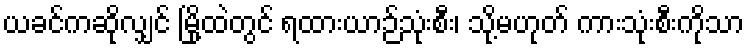
ယခင်ကဆိုလျှင် မြို့ထဲတွင် ရထားယာဉ်သုံးစီး၊ သို့မဟုတ် ကားသုံးစီးကိုသာ